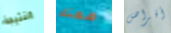
النتيجة معتاد أقراص